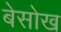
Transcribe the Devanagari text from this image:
बेसोख